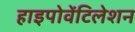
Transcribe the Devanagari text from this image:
हाइपोवेंटिलेशन